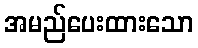
အမည်ပေးထားသော